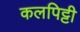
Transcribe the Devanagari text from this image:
कलपिट्टी